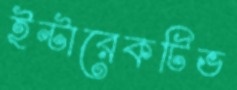
ইন্টারেকটিভ